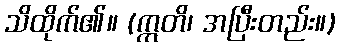
သိထိုက်၏။ (ဣတိ၊ အပြီးတည်း။)